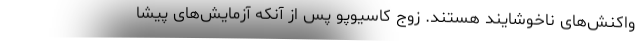
واکنش‌های ناخوشایند هستند. زوج کاسیوپو پس از آنکه آزمایش‌های پیشا